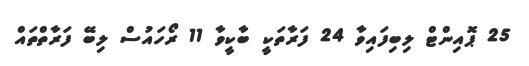
25 ޕޮއިންޓް ލިބިފައިވާ 24 ފަރާތަކީ ބާކީވާ 11 ރޯހައުސް ލިބޭ ފަރާތްތައް